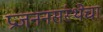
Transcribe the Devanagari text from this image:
प्रजननसंस्थेचा